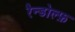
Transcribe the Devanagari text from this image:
रैन्डोल्फ़